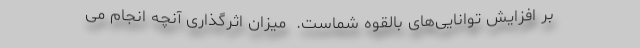
بر افزایش توانایی‌های بالقوه شماست.  میزان اثرگذاری آنچه انجام می